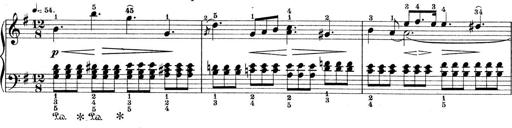
Title: 9 Sonatinen
Composer: Alexander Winterberger